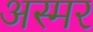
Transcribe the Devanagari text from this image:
अस्मर